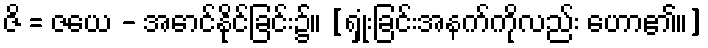
ဇိ = ဇယေ - အောင်နိုင်ခြင်း၌။ [ရှုံးခြင်းအနက်ကိုလည်း ဟော၏။]